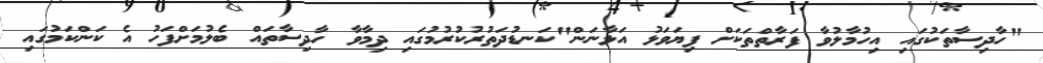
"ހާދިސާތަކުގައި އިހުމާލުވާ ފަރާތްތަކަށްް ފިޔަވަޅު އަޅާނަން"ކަނޑުދަތުރުކުރުމުގައި ދިމާވާ ހާދިސާތައް ބެލުމަށްފަހު އެ ކަންކަމުގައި